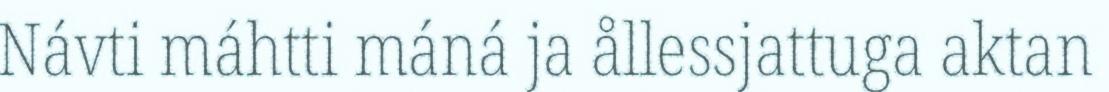
Návti máhtti máná ja ållessjattuga aktan